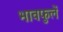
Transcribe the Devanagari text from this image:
भावफुलें